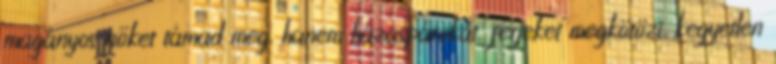
magányos nőket támad meg, hanem házaspárokat, férjeket megkötözi, kegyetlen